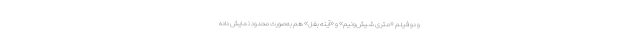
و دو فیلم «متری شیش‌ونیم» و «آینه بغل» هم به‌صورت محدود نمایش داده